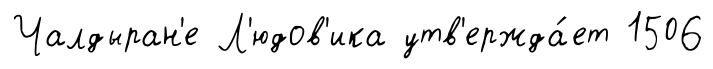
Чалдыран'е Л'юдов'ика утв'ержда́ет 1506